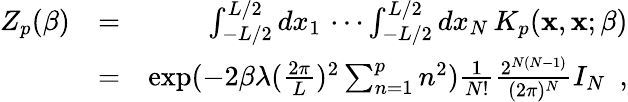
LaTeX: \begin{array}{rlr}{Z_{p}(\beta)}&{=}&{\int_{-L/2}^{L/2}dx_{1}\, \cdots\int_{-L/2}^{L/2}dx_{N}\, K_{p}({\mathbf x},{\mathbf x};\beta)}\\ &{=}&{\exp(-2\beta\lambda(\frac{2\pi}{L})^{2}\sum_{n=1}^{p}n^{2})\frac{1}{N!}\frac{2^{N(N-1)}}{(2\pi)^{N}}I_{N}~~,}\end{array}